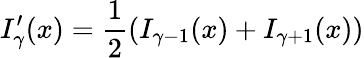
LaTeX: I_{\gamma}^{\prime}(x)=\frac{1}{2}(I_{\gamma-1}(x)+I_{\gamma+1}(x))